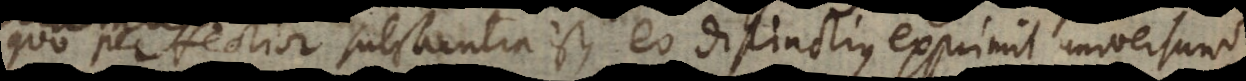
Quo perfectior substantia est, eo distinctius exprimit universum